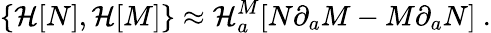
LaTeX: \{ {\cal H}[N],{\cal H}[M]\} \approx{\cal H}_{a}^{M}[N\partial_{a}M-M\partial_{a}N]\ .